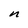
Character: n